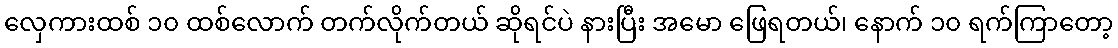
လှေကားထစ် ၁၀ ထစ်လောက် တက်လိုက်တယ် ဆိုရင်ပဲ နားပြီး အမော ဖြေရတယ်၊ နောက် ၁၀ ရက်ကြာတော့